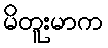
မိတူးမာက